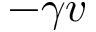
- \gamma v